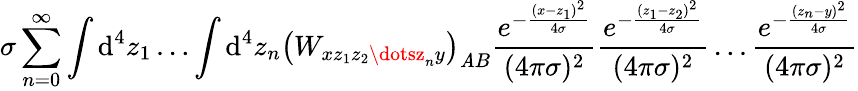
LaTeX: \sigma\sum_{n=0}^{\infty}\int\mathrm{d}^{4}z_{1}\dots\int\mathrm{d}^{4}z_{n}\left(W_{xz_{1}z_{2}\dotsz_{n}y}\right)_{\mathit{A}B}\frac{{e^{-\frac{{(x-z_{1})^{2}}}{{4\sigma}}}}}{{(4\pi\sigma)^{2}}}\frac{{e^{-\frac{{(z_{1}-z_{2})^{2}}}{{4\sigma}}}}}{{(4\pi\sigma)^{2}}}\dots\frac{{e^{-\frac{{(z_{n}-y)^{2}}}{{4\sigma}}}}}{{(4\pi\sigma)^{2}}}